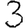
Digit: 3